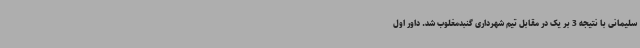
سلیمانی با نتیجه 3 بر یک در مقابل تیم شهرداری گنبدمغلوب شد. داور اول